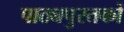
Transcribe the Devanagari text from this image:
पाठ्यपुस्‍तकों